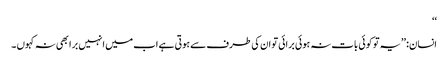
‘‘
انسان: ’’یہ تو کوئی بات نہ ہوئی برائی تو ان کی طرف سے ہوتی ہے اب میں انہیں برا بھی نہ کہوں ۔